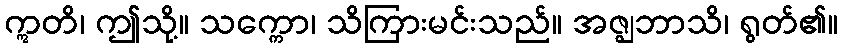
ဣတိ၊ ဤသို့။ သက္ကော၊ သိကြားမင်းသည်။ အဇ္ဈဘာသိ၊ ရွတ်၏။